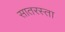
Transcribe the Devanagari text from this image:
सातरस्ता